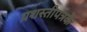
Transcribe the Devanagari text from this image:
प्रशस्तीपत्रके